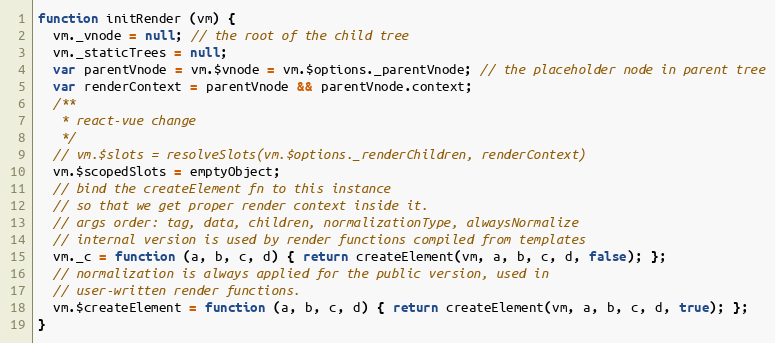
Language: JavaScript
function initRender (vm) {
  vm._vnode = null; // the root of the child tree
  vm._staticTrees = null;
  var parentVnode = vm.$vnode = vm.$options._parentVnode; // the placeholder node in parent tree
  var renderContext = parentVnode && parentVnode.context;
  /**
   * react-vue change
   */
  // vm.$slots = resolveSlots(vm.$options._renderChildren, renderContext)
  vm.$scopedSlots = emptyObject;
  // bind the createElement fn to this instance
  // so that we get proper render context inside it.
  // args order: tag, data, children, normalizationType, alwaysNormalize
  // internal version is used by render functions compiled from templates
  vm._c = function (a, b, c, d) { return createElement(vm, a, b, c, d, false); };
  // normalization is always applied for the public version, used in
  // user-written render functions.
  vm.$createElement = function (a, b, c, d) { return createElement(vm, a, b, c, d, true); };
}